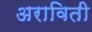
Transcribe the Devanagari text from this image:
अराविती